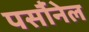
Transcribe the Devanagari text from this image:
पर्सौनेल